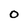
Character: 0